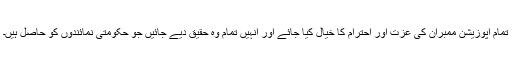
تمام اپوزیشن ممبران کی عزت اور احترام کا خیال کیا جائے اور انہیں تمام وہ حقیق دیے جائیں جو حکومتی نمائندوں کو حاصل ہیں۔